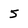
Character: 5